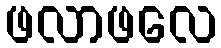
ဖလာဖလေ